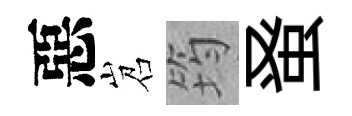
惡岧筠𫊫